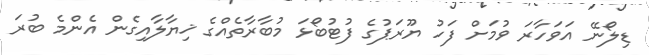
ޑިލޯނޭ އަވަހާރަ ވުމަށް ފަހު ޔޫރަޕުގެ ފުޓުބޯޅަ މުބާރާތެއްގެ ޚިޔާލާއިގެން އެންމެ ބުރަ